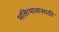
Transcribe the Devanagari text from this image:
भक्तिभावासाठी